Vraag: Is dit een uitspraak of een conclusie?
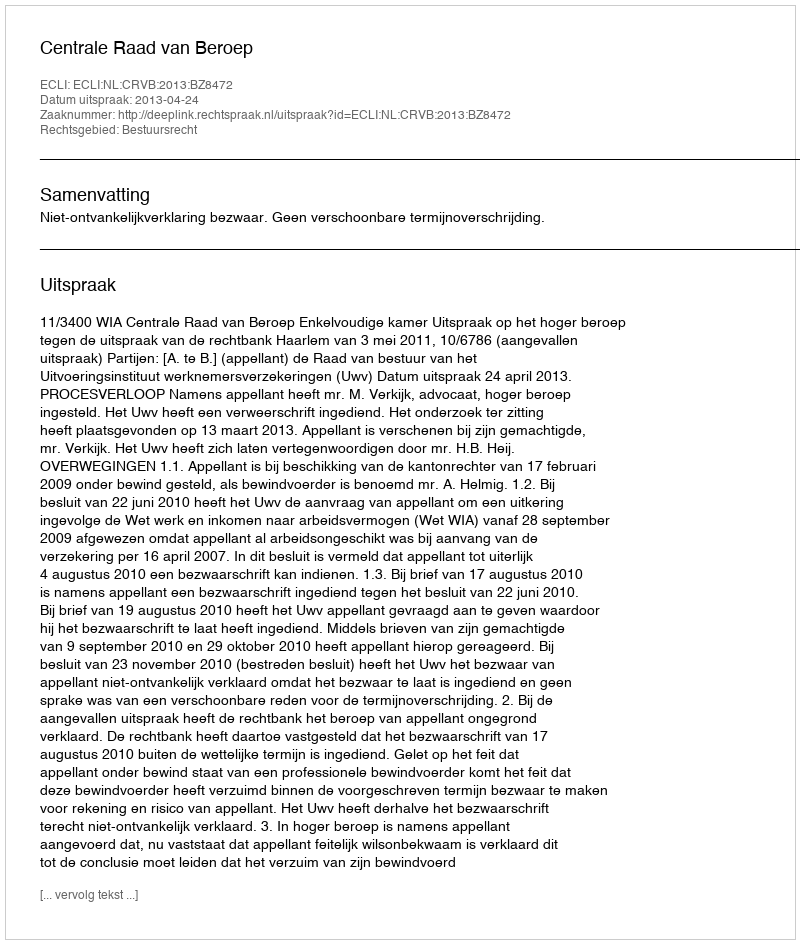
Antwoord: Uitspraak